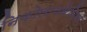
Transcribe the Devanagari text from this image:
निकोलाययेविच